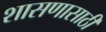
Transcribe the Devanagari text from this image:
शासणासाठी